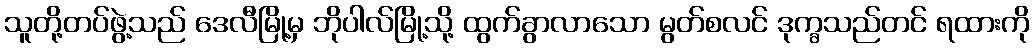
သူတို့တပ်ဖွဲ့သည် ဒေလီမြို့မှ ဘိုပါလ်မြို့သို့ ထွက်ခွာလာသော မွတ်စလင် ဒုက္ခသည်တင် ရထားကို